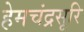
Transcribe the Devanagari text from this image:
हेमचंद्रसूरि